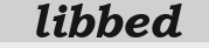
libbed